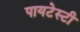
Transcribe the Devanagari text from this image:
पायटेस्टी